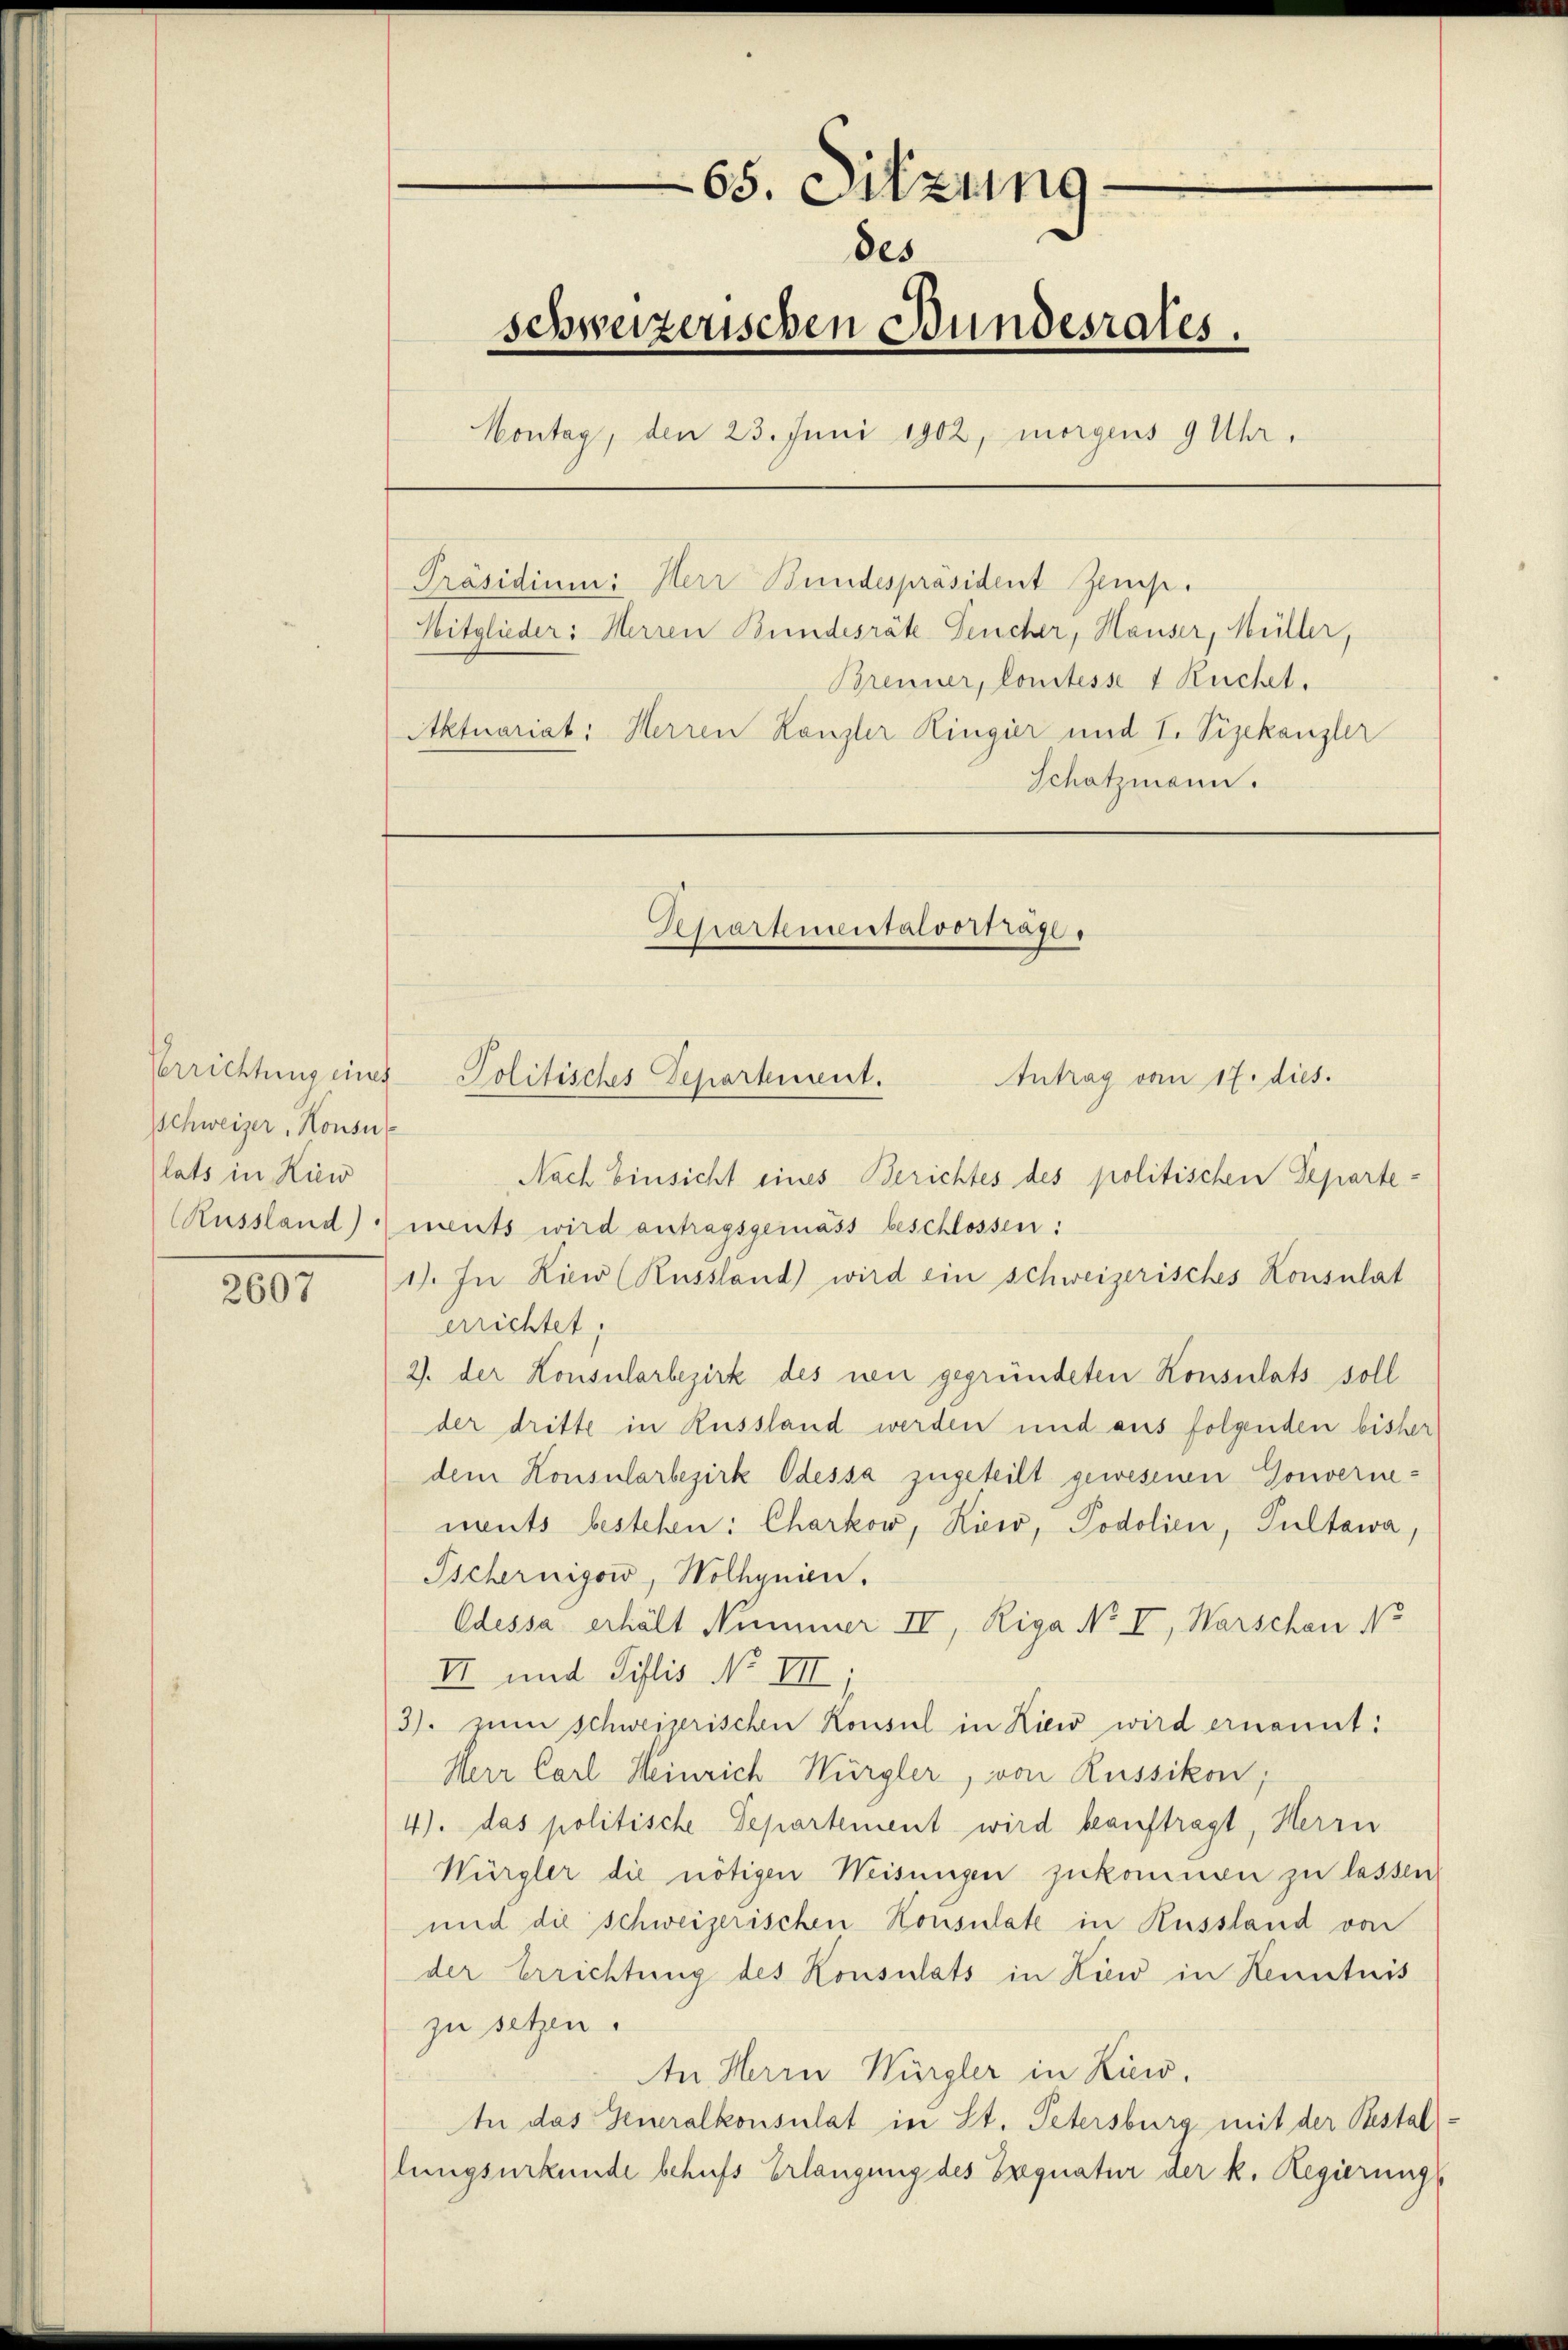
Schweizer, Konsul
lats in Kiew

2607

Präsidium: Herr Bundespräsident Zems.
Mitglieder: Herren Bundesräte Teucher, Hauser, Müller,
Brenner, Comtesse 1 Ruchet.
Aktuariat: Herren Kanzler Ringier und I. Vizekanzler
Schatzmann.

65. Sitzung
des
schweizerischen Bundesrates.
Montag, den 23. Juni 1902, morgens 9 Uhr,

Departementalvortrage.

Nach Einsicht eines Berichtes des politischen Departe
Russland) ments wird antragsgemäss beschlossen:
1). In Liew (Russland) wird ein schweizerisches Konsulat
errichtet:
2). Der Konsularbezirk des neu gegründeten Konsulats soll
der dritte in Russland werden und aus folgenden bisher
dem Konsularbezirk Odessa zugeteilt gewesenen Gouvernenents bestehen: Charkow, Kieso, Podolien, Pultawa,
Tschernigow, Wolhynien.
Odessa erhält Nummer IV, Riga No I, Warschen No
II und Pislis No III.
3). zum Schweizerischen Konsul in Liew wird ernannt:
Herr Carl Heinrich Würgler, von Russikon;
4) das politische Departement wird beauftragt, Herrn
Würgler die nötigen Weisungen zukommen zu lassen
und die schweizerischen Konsulate in Russland von
der Errichtung des Konsulats in Liew in Kenntnis
zu setzen.
An Herrn Würgler in Liew.
An das Generalkonsulat in St. Petersburg mit der Bestal
lungsurkunde behufs Erlangung des Exequatur der k. Regierungs

Verrichtung eines Politisches Departement.

Antrag vom 17. dies.